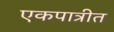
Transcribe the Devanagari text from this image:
एकपात्रीत